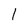
Character: l